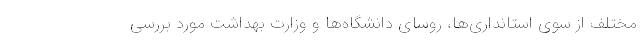
مختلف از سوی استانداری‌ها، روسای دانشگاه‌ها و وزارت بهداشت مورد بررسی